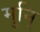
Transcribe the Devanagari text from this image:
मुनि्